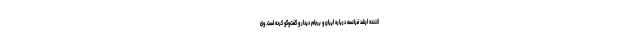
کننده ارشد فرانسه درباره ایران و برجام دیدار و گفت‌وگو کرده است. وی